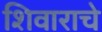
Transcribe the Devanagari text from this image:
शिवाराचे